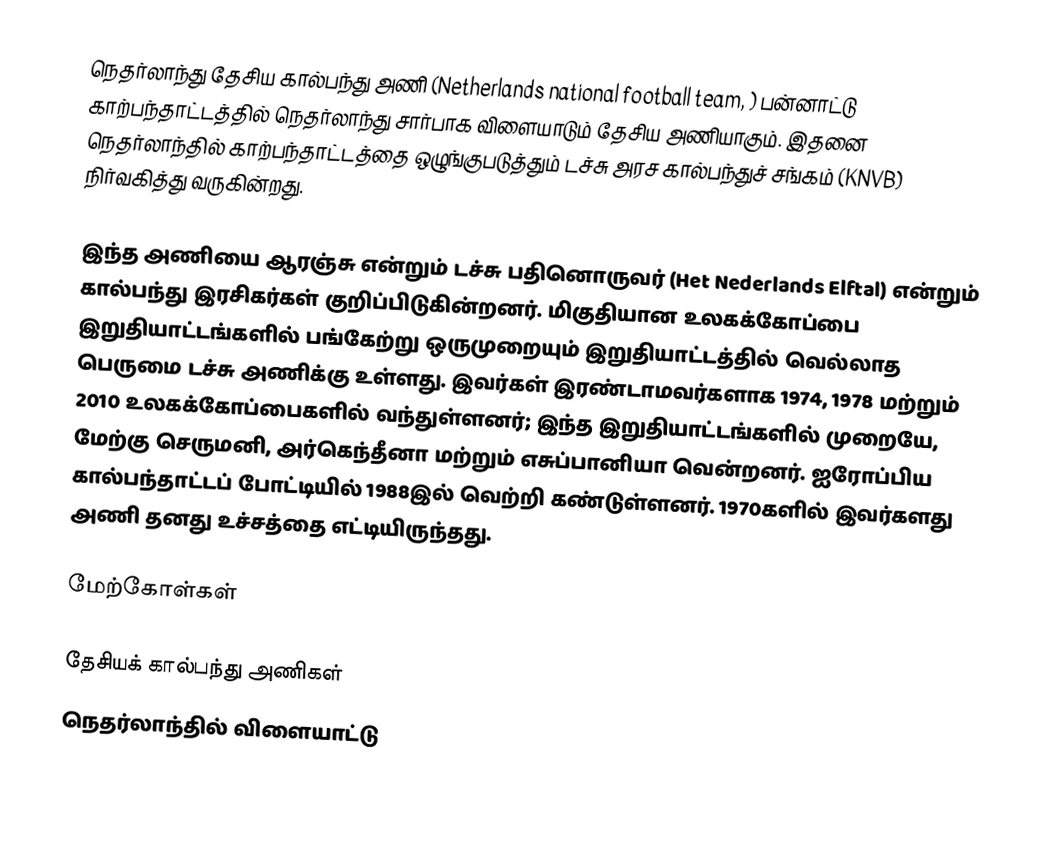
நெதர்லாந்து தேசிய கால்பந்து அணி (Netherlands national football team, ) பன்னாட்டு காற்பந்தாட்டத்தில் நெதர்லாந்து  சார்பாக விளையாடும் தேசிய அணியாகும். இதனை நெதர்லாந்தில் காற்பந்தாட்டத்தை ஒழுங்குபடுத்தும் டச்சு அரச  கால்பந்துச் சங்கம் (KNVB) நிர்வகித்து வருகின்றது.

இந்த அணியை ஆரஞ்சு என்றும் டச்சு பதினொருவர் (Het Nederlands Elftal) என்றும் கால்பந்து இரசிகர்கள் குறிப்பிடுகின்றனர். மிகுதியான உலகக்கோப்பை இறுதியாட்டங்களில் பங்கேற்று ஒருமுறையும் இறுதியாட்டத்தில் வெல்லாத பெருமை டச்சு அணிக்கு உள்ளது. இவர்கள் இரண்டாமவர்களாக 1974, 1978 மற்றும் 2010 உலகக்கோப்பைகளில் வந்துள்ளனர்; இந்த இறுதியாட்டங்களில் முறையே, மேற்கு செருமனி, அர்கெந்தீனா மற்றும் எசுப்பானியா வென்றனர். ஐரோப்பிய கால்பந்தாட்டப் போட்டியில் 1988இல் வெற்றி கண்டுள்ளனர். 1970களில் இவர்களது அணி தனது உச்சத்தை எட்டியிருந்தது.

மேற்கோள்கள்

தேசியக் கால்பந்து அணிகள்
நெதர்லாந்தில் விளையாட்டு